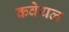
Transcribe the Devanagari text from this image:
कवेयल